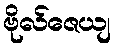
ဗိုလ်ဇေယျ